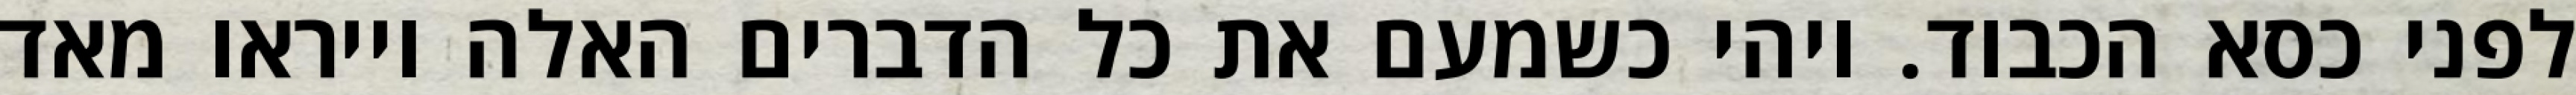
לפני כסא הכבוד. ויהי כשמעם את כל הדברים האלה וייראו מאד